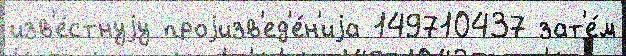
изв'е́стнуjу проjизв'ед'е́н'иjа 149710437 зат'е́м